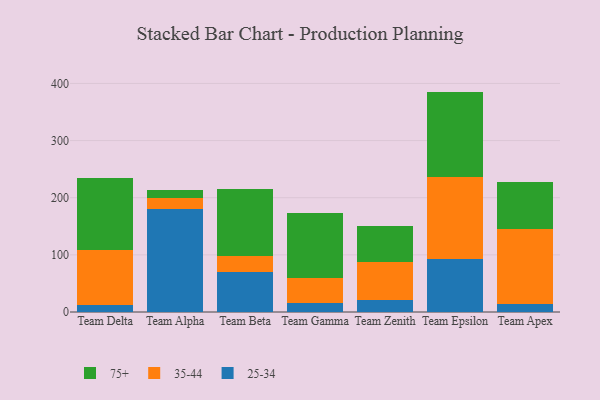
{"axis": {"x": "Team", "y": "Conversion Rate (%)"}, "legend": ["25-34", "35-44", "75+"], "data": [{"x": "Team Delta", "y": 11.8, "type": "25-34"}, {"x": "Team Delta", "y": 97.3, "type": "35-44"}, {"x": "Team Delta", "y": 126.1, "type": "75+"}, {"x": "Team Alpha", "y": 179.4, "type": "25-34"}, {"x": "Team Alpha", "y": 20.1, "type": "35-44"}, {"x": "Team Alpha", "y": 14.1, "type": "75+"}, {"x": "Team Beta", "y": 70.6, "type": "25-34"}, {"x": "Team Beta", "y": 27.8, "type": "35-44"}, {"x": "Team Beta", "y": 116.5, "type": "75+"}, {"x": "Team Gamma", "y": 15.8, "type": "25-34"}, {"x": "Team Gamma", "y": 43.9, "type": "35-44"}, {"x": "Team Gamma", "y": 114.0, "type": "75+"}, {"x": "Team Zenith", "y": 21.6, "type": "25-34"}, {"x": "Team Zenith", "y": 66.5, "type": "35-44"}, {"x": "Team Zenith", "y": 63.0, "type": "75+"}, {"x": "Team Epsilon", "y": 92.0, "type": "25-34"}, {"x": "Team Epsilon", "y": 143.4, "type": "35-44"}, {"x": "Team Epsilon", "y": 150.3, "type": "75+"}, {"x": "Team Apex", "y": 14.8, "type": "25-34"}, {"x": "Team Apex", "y": 131.3, "type": "35-44"}, {"x": "Team Apex", "y": 81.2, "type": "75+"}]}